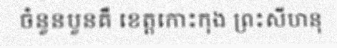
ចំនួនបួនគឺ ខេត្តកោះកុង ព្រះសីហនុ